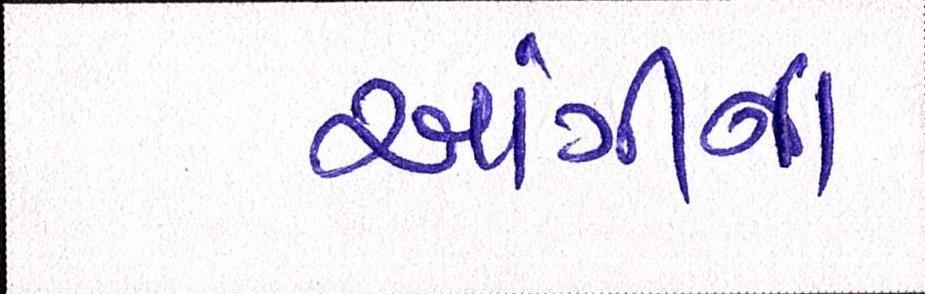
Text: આંગીના